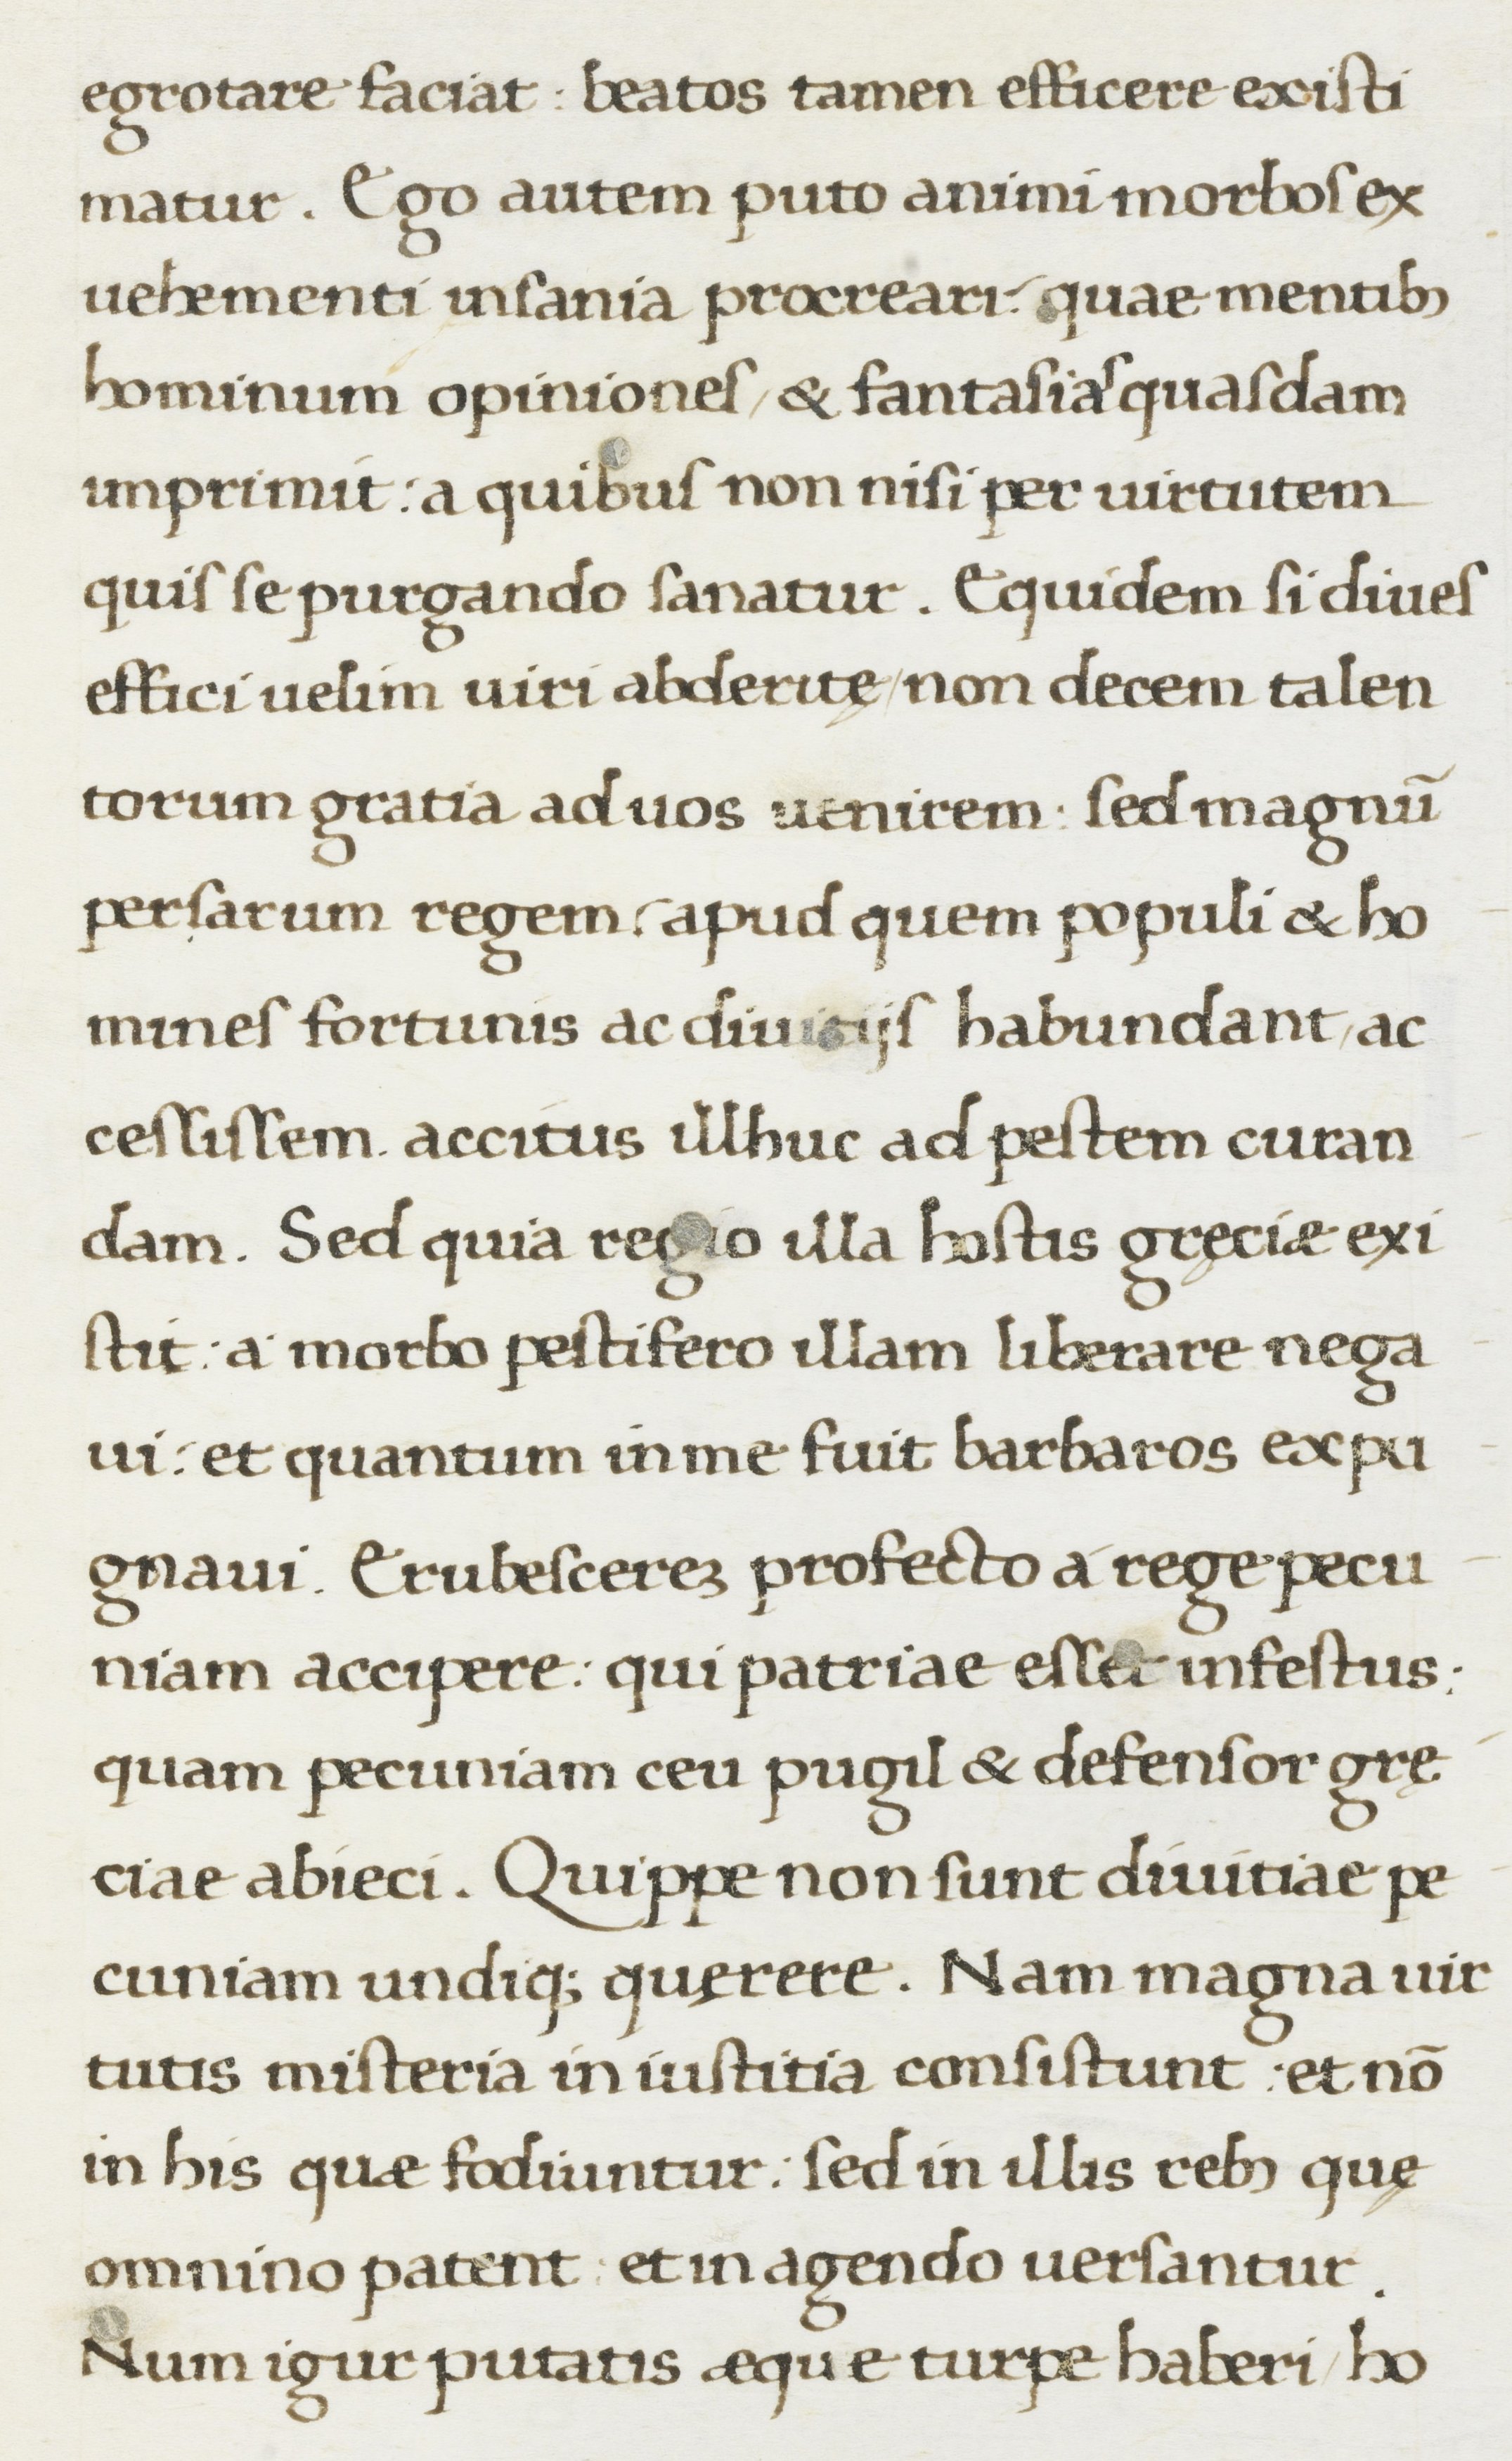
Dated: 1467–1468